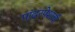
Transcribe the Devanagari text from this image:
पांढरपेशाची